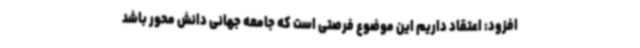
افزود: اعتقاد داریم این موضوع فرصتی است که جامعه جهانی دانش محور باشد